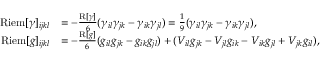
\begin{array} { r l } { \mathrm { R i e m } [ \gamma ] _ { i j k l } } & { = - \frac { \mathrm { R } [ \gamma ] } { 6 } ( \gamma _ { i l } \gamma _ { j k } - \gamma _ { i k } \gamma _ { j l } ) = \frac { 1 } { 9 } ( \gamma _ { i l } \gamma _ { j k } - \gamma _ { i k } \gamma _ { j l } ) , } \\ { \mathrm { R i e m } [ g ] _ { i j k l } } & { = - \frac { \mathrm { R } [ g ] } { 6 } ( g _ { i l } g _ { j k } - g _ { i k } g _ { j l } ) + ( V _ { i l } g _ { j k } - V _ { j l } g _ { i k } - V _ { i k } g _ { j l } + V _ { j k } g _ { i l } ) , } \end{array}